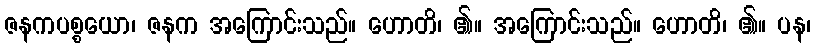
ဇနကပစ္စယော၊ ဇနက အကြောင်းသည်။ ဟောတိ၊ ၏။ အကြောင်းသည်။ ဟောတိ၊ ၏။ ပန၊